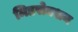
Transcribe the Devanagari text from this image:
मिडसेक्शन